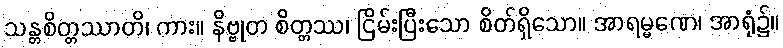
သန္တစိတ္တဿာတိ၊ ကား။ နိဗ္ဗုတ စိတ္တဿ၊ ငြိမ်းပြီးသော စိတ်ရှိသော။ အာရမ္မဏေ၊ အာရုံ၌။